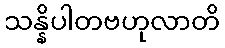
သန္နိပါတဗဟုလာတိ